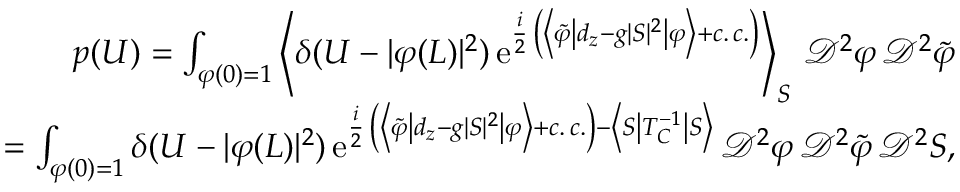
\begin{array} { r l r } & { } & { p ( U ) = \int _ { \varphi ( 0 ) = 1 } \left\langle \delta ( U - \vert \varphi ( L ) \vert ^ { 2 } ) \, \mathrm { e } ^ { \frac { i } { 2 } \, \left( \left\langle \tilde { \varphi } \left\vert d _ { z } - g \vert S \vert ^ { 2 } \right\vert \varphi \right\rangle + c . \, c . \right) } \right\rangle _ { S } \, \mathscr { D } ^ { 2 } \varphi \, \mathscr { D } ^ { 2 } \tilde { \varphi } } \\ & { } & { = \int _ { \varphi ( 0 ) = 1 } \delta ( U - \vert \varphi ( L ) \vert ^ { 2 } ) \, \mathrm { e } ^ { \frac { i } { 2 } \, \left( \left\langle \tilde { \varphi } \left\vert d _ { z } - g \vert S \vert ^ { 2 } \right\vert \varphi \right\rangle + c . \, c . \right) - \left\langle S \left\vert T _ { C } ^ { - 1 } \right\vert S \right\rangle } \, \mathscr { D } ^ { 2 } \varphi \, \mathscr { D } ^ { 2 } \tilde { \varphi } \, \mathscr { D } ^ { 2 } S , } \end{array}